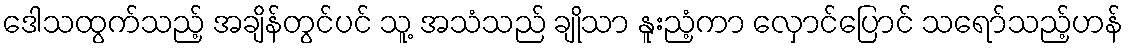
ဒေါသထွက်သည့် အချိန်တွင်ပင် သူ့ အသံသည် ချိုသာ နူးညံ့ကာ လှောင်ပြောင် သရော်သည့်ဟန်